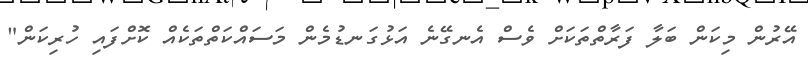
އޭރުން މިކަން ބަލާ ފަރާތްތަކަށް ވެސް އެނގޭނެ އަޅުގަނޑުމެން މަސައްކަތްތަކެއް ކޮށްފައި ހުރިކަން"